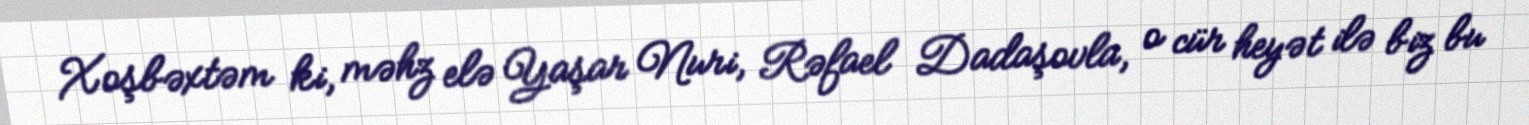
Xoşbəxtəm ki, məhz elə Yaşar Nuri, Rəfael Dadaşovla, o cür heyət ilə biz bu